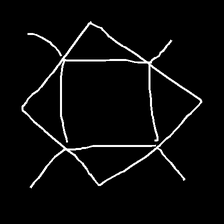
Glyph: light